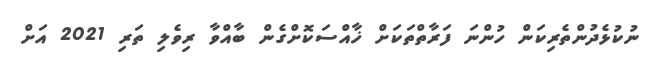
ނުކުޅެދުންތެރިކަން ހުންނަ ފަރާތްތަކަށް ޚާއްސަކޮށްގެން ބާއްވާ ރިވެލި ތަރި 2021 އަށް